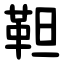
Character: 靼